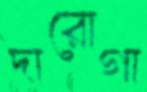
দারোগা